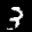
Label: 3